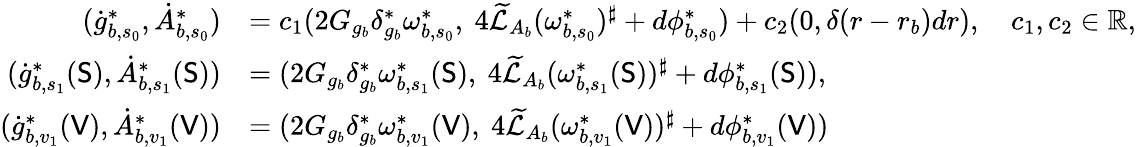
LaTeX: \begin{array}{rl}{(\dot{g}_{b,s_{0}}^{*},\dot{A}_{b,s_{0}}^{*})}&{=c_{1}(2G_{g_{b}}\delta_{g_{b}}^{*}\omega_{b,s_{0}}^{*},\ 4\widetilde{\mathcal{L}}_{A_{b}}(\omega_{b,s_{0}}^{*})^{\sharp}+d\phi_{b,s_{0}}^{*})+c_{2}(0,\delta(r-r_{b})dr),\quad c_{1},c_{2}\in\mathbb{R},}\\ {(\dot{g}_{b,s_{1}}^{*}(\mathsf{S}),\dot{A}_{b,s_{1}}^{*}(\mathsf{S}))}&{=(2G_{g_{b}}\delta_{g_{b}}^{*}\omega_{b,s_{1}}^{*}(\mathsf{S}),\ 4\widetilde{\mathcal{L}}_{A_{b}}(\omega_{b,s_{1}}^{*}(\mathsf{S}))^{\sharp}+d\phi_{b,s_{1}}^{*}(\mathsf{S})),}\\ {(\dot{g}_{b,v_{1}}^{*}(\mathsf{V}),\dot{A}_{b,v_{1}}^{*}(\mathsf{V}))}&{=(2G_{g_{b}}\delta_{g_{b}}^{*}\omega_{b,v_{1}}^{*}(\mathsf{V}),\ 4\widetilde{\mathcal{L}}_{A_{b}}(\omega_{b,v_{1}}^{*}(\mathsf{V}))^{\sharp}+d\phi_{b,v_{1}}^{*}(\mathsf{V}))}\end{array}